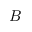
B